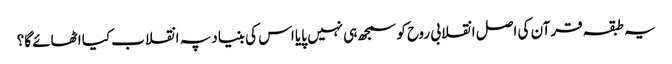
یہ طبقہ قرآن کی اصل انقلابی روح کو سمجھ ہی نہیں پایا اس کی بنیاد پہ انقلاب کیا اٹھائے گا؟